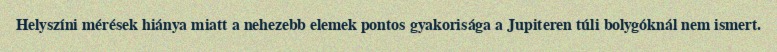
Helyszíni mérések hiánya miatt a nehezebb elemek pontos gyakorisága a Jupiteren túli bolygóknál nem ismert.